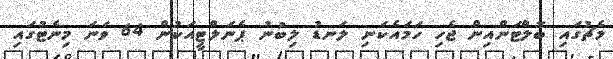
މެޗުގައި ބޮލްޓަންއިން ޖެހި ހަމައެކަނި ލަނޑު ލިބުނު ޕެނަލްޓީއަކުން 64 ވަނަ މިނެޓުގައި